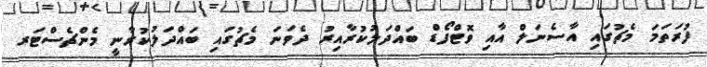
ފުރަތަމަ މެޗުގައި އާސެނަލް އާއި ވޮޓްފޯޑް ބައްދަލުކުރާއިރު ދެވަނަ މެޗުގައި ބައްދަލުކުރާނީ މެންޗެސްޓަރ